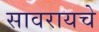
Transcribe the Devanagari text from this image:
सावरायचे